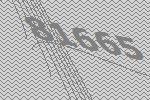
81665